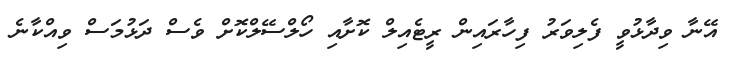
އޭނާ ވިދާޅުވީ ފެލިވަރު ފިހާރައިން ރީޓެއިލް ކޮށާއި ހޯލްސޭލްކޮށް ވެސް ދަޅުމަސް ވިއްކާނެ